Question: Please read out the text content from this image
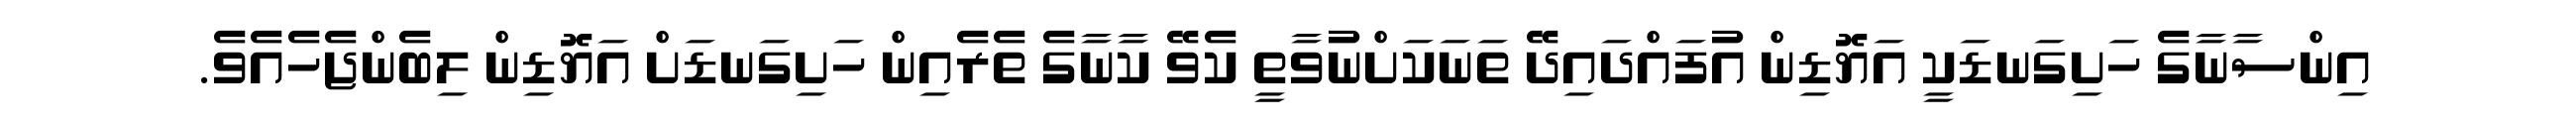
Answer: އިންސާނާގެ ހަށިގަނޑަކީ އަޔޮޑިން އުފައްދައިދޭ ތަނަކަށްނުވާތީ ކެވޭ ކާނާގެ ތެރެއިން ހަށިގަނޑަށް އަޔޮޑިން ލިބެންޖެހެއެވެ.